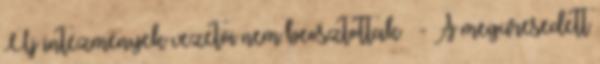
Új intézmények vezetői nem beosztottak  - A megüresedett